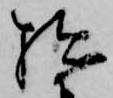
拙